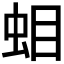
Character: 𧊁